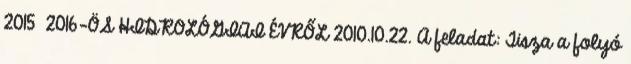
2015 2016-ÖS HIDROLÓGIAI ÉVRŐL 2010.10.22. A feladat: Tisza a folyó